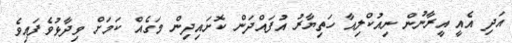
އަދި އެއީ އީރާނުން ނިއުކްލިއާ ހަތިޔާރު އުފައްދަން ކޮށައިދިން މަގެއް ކަމަށް ވިދާޅުވެފައިވެ